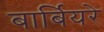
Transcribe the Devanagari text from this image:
बार्बियरे